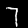
Label: 7